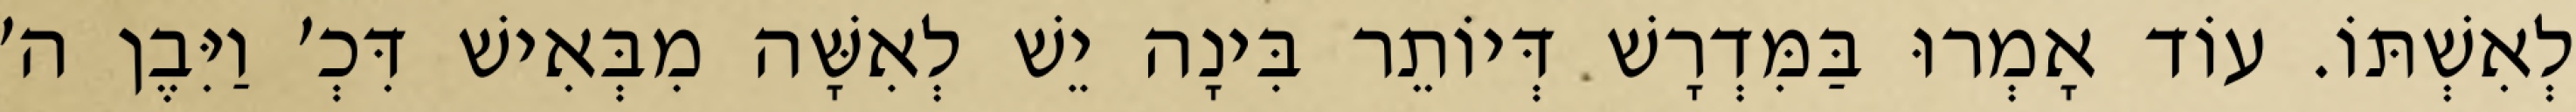
לְאִשְׁתּוֹ. עוֹד אָמְרוּ בַּמִּדְרָשׁ דְּיוֹתֵר בִּינָה יֵשׁ לְאִשָּׁה מִבְּאִישׁ דִּכְ׳ וַיִּבֶן ה׳